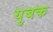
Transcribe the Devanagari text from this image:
युबक